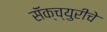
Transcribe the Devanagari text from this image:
सॅंक्च्युरीचे